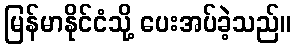
မြန်မာနိုင်ငံသို့ ပေးအပ်ခဲ့သည်။